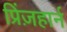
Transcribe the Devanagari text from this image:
प्रिंज़हार्न